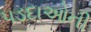
પડદાઓની